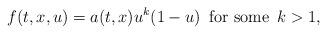
LaTeX: \begin{align*}f(t,x,u)=a(t,x)u^k(1-u)\,\hbox{ for some }\, k>1,\end{align*}